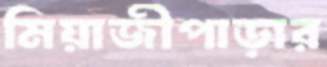
মিয়াজীপাড়ার